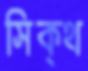
সিক্‌থ